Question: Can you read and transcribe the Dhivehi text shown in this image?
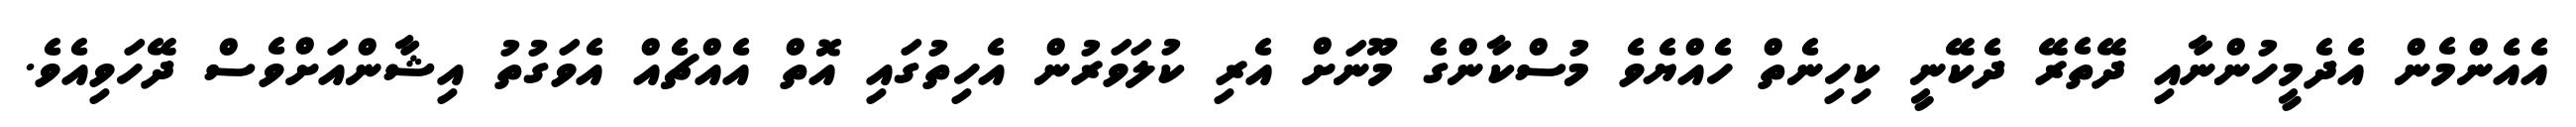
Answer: އެއެންމެން އެދެމީހުންނާއި ދޭތެރޭ ދެކޭނީ ކިހިނެތް ހެއްޔެވެ މުސްކާންގެ މޫނަށް އެރި ކުލަވަރުން އެހިތުގައި އޮތް އެއްޗެއް އެވަގުތު އިޝާންއަށްވެސް ދޭހަވިއެވެ.